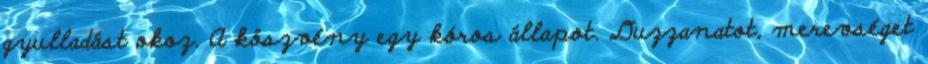
gyulladást okoz. A köszvény egy kóros állapot. Duzzanatot, merevséget